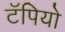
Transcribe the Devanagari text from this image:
टॅपियो